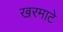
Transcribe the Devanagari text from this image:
खरमाटे